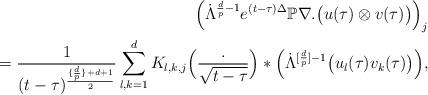
LaTeX: \begin{align*}\Big(\dot{\Lambda}^{\frac{d}{p}-1}e^{(t - \tau)\Delta}\mathbb{P}\nabla .\big(u(\tau) \otimes v(\tau)\big)\Big)_j \\=\frac{1}{(t -\tau)^{\frac{\{\frac{d}{p}\} + d+1}{2}}}\sum_{l, k = 1}^d K_{l, k, j}\Big(\frac{.}{\sqrt{t - \tau}}\Big)*\Big(\dot{\Lambda}^{[\frac{d}{p}]-1}\big(u_l (\tau)v_k(\tau)\big)\Big),\end{align*}